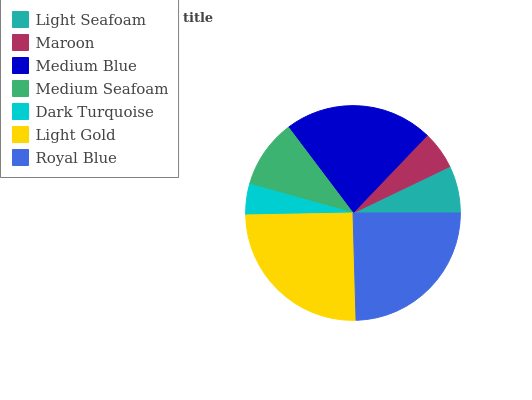
| Light Seafoam | Maroon | Medium Blue | Medium Seafoam | Dark Turquoise | Light Gold | Royal Blue |
 | --- | --- | --- | --- | --- | --- | --- |
 | 7.12% | 5.75% | 22.4% | 10.4% | 4.62% | 25.2% | 24.5% |